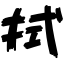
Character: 拭